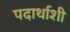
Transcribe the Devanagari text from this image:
पदार्थाशी